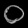
Digit: ၀